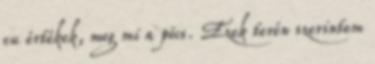
eu értékek, meg mi a pöcs. Ezek terén szerintem